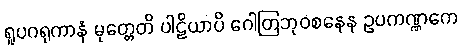
ရူပဂရုကာနံ မုတ္တေတိ ပါဠိယာပိ ဂေါတြဘုဝစနေန ဥပကဏ္ဏကေ